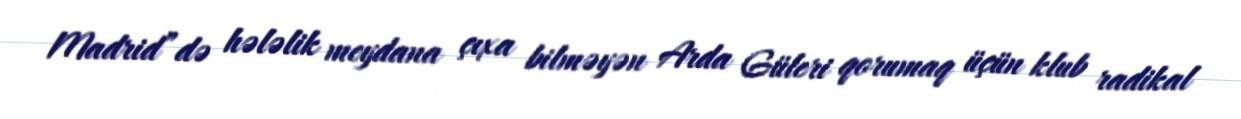
Madrid”də hələlik meydana çıxa bilməyən Arda Güleri qorumaq üçün klub radikal